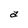
Character: a